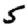
Digit: 5